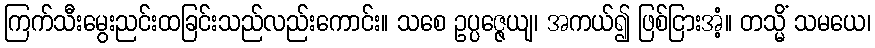
ကြက်သီးမွေးညင်းထခြင်းသည်လည်းကောင်း။ သစေ ဥပ္ပဇ္ဇေယျ၊ အကယ်၍ ဖြစ်ငြားအံံ့။ တသ္မိံ သမယေ၊